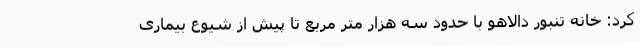
کرد: خانه تنبور دالاهو با حدود سه هزار متر مربع تا پیش از شیوع بیماری